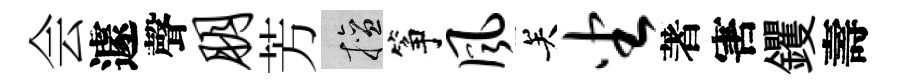
会遽聲朋芳擅筝风关坐著害钁壽